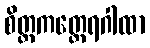
စိတ္တကတ္ထေရဂါထာ